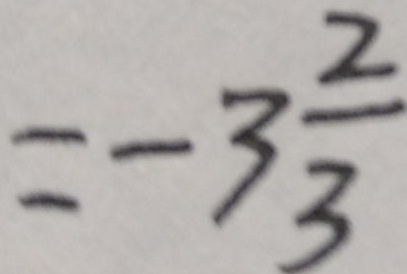
= - 3 \frac { 2 } { 3 }